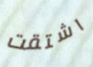
اشتقت